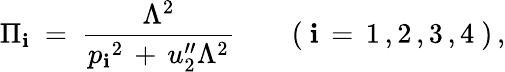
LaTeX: \Pi_{\mathbf{i}}\ =\ \frac{{\Lambda^{2}}}{{p_{\mathbf{i}}{}^{2}\, +\, u_{2}^{\prime\prime}\Lambda^{2}}}\qquad(\ \mathbf{i}\, =\, 1\, ,2\, ,3\, ,4\ )\, ,